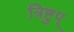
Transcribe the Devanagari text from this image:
त्रिष्टुप्‌